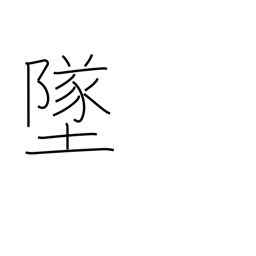
Meaning: crash